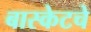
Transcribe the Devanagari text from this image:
बास्केटचे